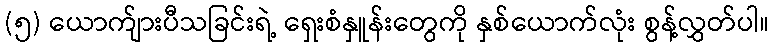
(၅) ယောက်ျားပီသခြင်းရဲ့ ရှေးစံနှူန်းတွေကို နှစ်ယောက်လုံး စွန့်လွှတ်ပါ။